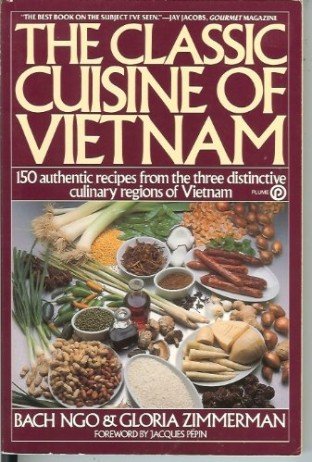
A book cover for The Classic Cuisine of Vietnam (Plume); Bach Ngo; Cookbooks, Food & Wine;